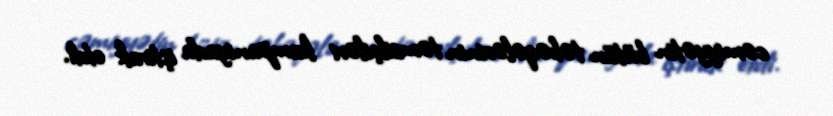
cəmiyyətin bütün təbəqələrinin təmsilçiləri kampaniyada iştirak etdi.